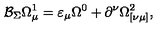
\mathcal { B } _ { \Sigma } \Omega _ { \mu } ^ { 1 } = \varepsilon _ { \mu } \Omega ^ { 0 } + \partial ^ { \nu } \Omega _ { [ \nu \mu ] } ^ { 2 } ,